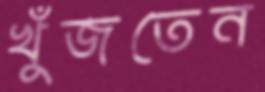
খুঁজতেন